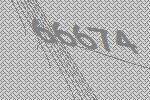
66674